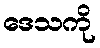
ဒေသကို